Annual report of the Punjab Veterinary College and of the Civil Veterinary Department, Punjab - 1894-1908
Year: 1894
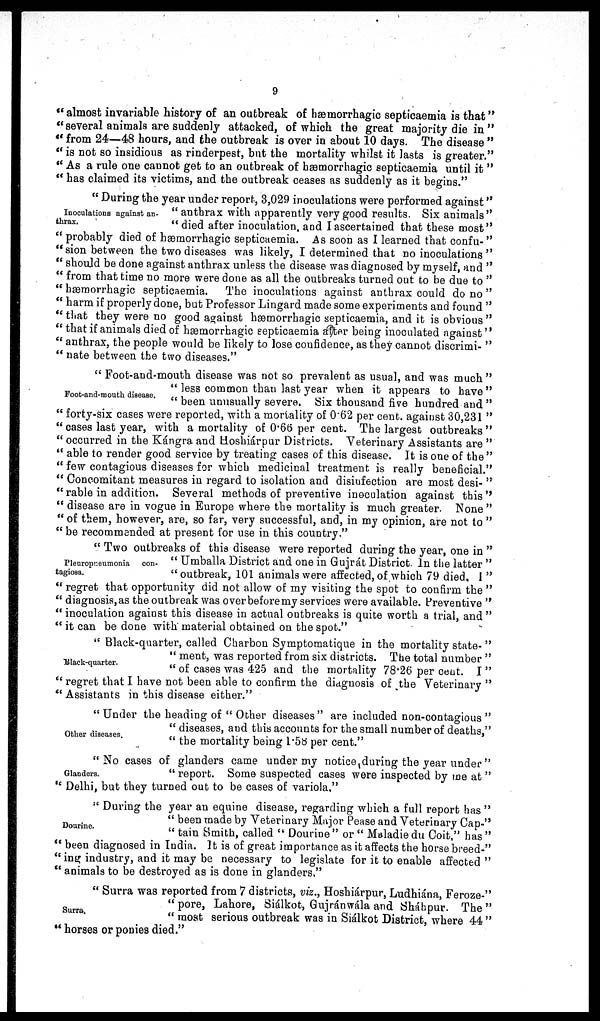
9
"almost invariable history of an outbreak of hæmorrhagic septicaemia is that"
" several animals are suddenly attacked, of which the great majority die in "
" from 24—48 hours, and the outbreak is over in about 10 days. The disease "
" is not so insidious as rinderpest, but the mortality whilst it lasts is greater."
" As a rule one cannot get to an outbreak of hæmorrhagic septicaemia until it "
" has claimed its victims, and the outbreak ceases as suddenly as it begins."
Inoculations against an-
thrax.
" During the year under report, 3,029 inoculations were performed against
" anthrax with apparently very good results. Six animals
"died after inoculation and I ascertained that these most
" probably died of hæmorrhagic septicaemia. As soon as I learned that confu-
sion between the two diseases was likely, I determined that no inoculations
" should be done against anthrax unless the disease was diagnosed by myself, and
" from that time no more were done as all the outbreaks turned out to be due to
" hæmorrhagic septicaemia. The inoculations against anthrax could do no
" harm if properly done, but Professor Lingard made some experiments and found
" that they were no good against hemorrhagic septicaemia, and it is obvious
"that if animals died of hæmorrhagic septicaemia after being inoculated against
" anthrax, the people would be likely to lose confidence, as they cannot discrimi-
" nate between the two diseases."
Foot-and-mouth disease.
" Foot-and-mouth disease was not so prevalent as usual, and was much"
" less common than last year when it appears to have"
" been unusually severe. Six thousand five hundred and "
" forty-six cases were reported, with a mortality of 0.62 per cent. against 30,231 "
" cases last year, with a mortality of 0.66 per cent. The largest outbreaks"
" occurred in the Kángra and Hoshiárpur Districts. Veterinary Assistants are "
" able to render good service by treating cases of this disease. It is one of the"
" few contagious diseases for which medicinal treatment is really beneficial."
" Concomitant measures in regard to isolation and disinfection are most desi-"
"rable in addition. Several methods of preventive inoculation against this"
" disease are in vogue in Europe where the mortality is much greater. None "
" of them, however, are, so far, very successful, and, in my opinion, are not to "
" be recommended at present for use in this country."
Pleuropneumonia
con-
tagiosa.
" Two outbreaks of this disease were reported during the year, one in "
" Umballa District and one in Gujrát District. In the latter "
"outbreak, 101 animals were affected, of which 79 died, I "
" regret that opportunity did not allow of my visiting the spot to confirm the "
" diagnosis,as the outbreak was overbefore my services were available. Preventive "
" inoculation against this disease in actual outbreaks is quite worth a trial, and "
" it can be done with material obtained on the spot."
Black-quarter.
" Black-quarter, called Charbon Symptomatique in the mortality state- "
" ment, was reported from six districts. The total number "
" of cases was 425 and the mortality 78.26 per cent. I "
" regret that I have not been able to confirm the diagnosis of the Veterinary "
" Assistants in this disease either."
Other diseases.
" Under the heading of " Other diseases" are included non-contagious "
" diseases, and this accounts for the small number of deaths,"
" the mortality being 1.58 per cent."
Glanders.
"No cases of glanders came under my notice during the year under "
" report. Some suspected cases were inspected by me at "
" Delhi, but they turned out to be cases of variola."
Dourine.
" During the year an equine disease, regarding which a full report has "
" been made by Veterinary Major Pease and Veterinary Cap-"
" tain Smith, called " Dourine" or " Maladiedu Coit," has"
" been diagnosed in India. It is of great importance as it affects the horse breed-"
" ing industry, and it may be necessary to legislate for it to enable affected "
" animals to be destroyed as is done in glanders."
Surra.
" Surra was reported from 7 districts, viz., Hoshiárpur, Ludhiána, Feroze-"
"pore, Lahore, Siálkot, Gujránwála and Sháhpur. The"
" most serious outbreak was in Siálkot District, where 44 "
horses or ponies died."